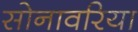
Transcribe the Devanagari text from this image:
सोनावरिया